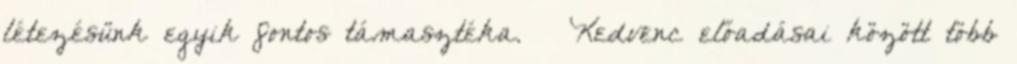
létezésünk egyik fontos támasztéka. – Kedvenc előadásai között több